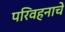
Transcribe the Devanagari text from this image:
परिवहनाचे